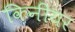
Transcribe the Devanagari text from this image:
किनीयर